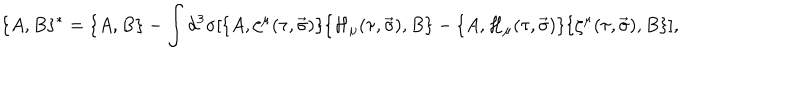
LaTeX: \lbrace A , B \rbrace { } ^ { * } = \lbrace A , B \rbrace - \int d ^ { 3 } \sigma [ \lbrace A , \zeta ^ { \mu } ( \tau , \vec { \sigma } ) \rbrace \lbrace { \cal H } _ { \mu } ( \tau , \vec { \sigma } ) , B \rbrace - \lbrace A , { \cal H } _ { \mu } ( \tau , \vec { \sigma } ) \rbrace \lbrace \zeta ^ { \mu } ( \tau , \vec { \sigma } ) , B \rbrace ] ,